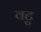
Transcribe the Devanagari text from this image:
वटु